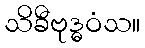
သိခီဗုဒ္ဓဝံသ။